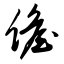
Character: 儋